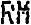
RM